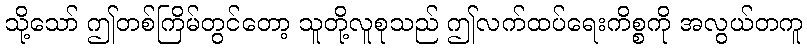
သို့သော် ဤတစ်ကြိမ်တွင်တော့ သူတို့လူစုသည် ဤလက်ထပ်ရေးကိစ္စကို အလွယ်တကူ